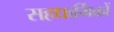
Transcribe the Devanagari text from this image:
सहधार्मिकों